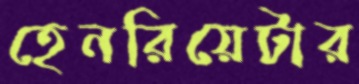
হেনরিয়েটার